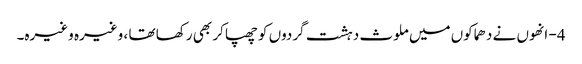
4- انھوں نے دھماکوں میں ملوث دہشت گردوں کو چھپا کر بھی رکھا تھا ، وغیرہ وغیرہ۔